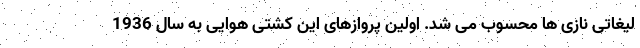
لیغاتی نازی ها محسوب می شد. اولین پروازهای این کشتی هوایی به سال 1936